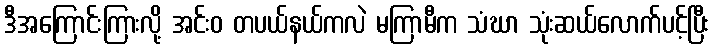
ဒီအကြောင်းကြားလို့ အင်းဝ တပယ်နယ်ကလဲ မကြာမီက သံဃာ သုံးဆယ်လောက်ပင့်ပြီး